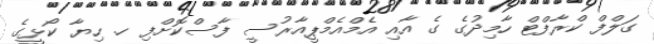
ގަލްފް ކްރާފްޓް ހާމިދުގެ ގެ އާއި އެމްއެމްޕީއާރުސީ ފާސްކޮށްފި ހ. ހިޔާ ކޯޅީގެ